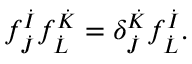
f _ { \dot { J } } ^ { \dot { I } } f _ { \dot { L } } ^ { \dot { K } } = \delta _ { \dot { J } } ^ { \dot { K } } f _ { \dot { L } } ^ { \dot { I } } .